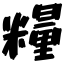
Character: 糧